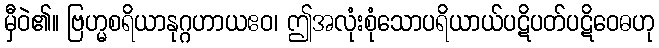
မှီဝဲ၏။ ဗြဟ္မစရိယာနုဂ္ဂဟာယဧဝ၊ ဤအလုံးစုံသောပရိယာယ်ပဋိပတ်ပဋိဝေဓဟု